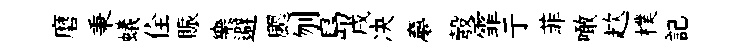
磨秉蟻佺賑樂避颸刎島戌决夣彀霏亍菲噉趑樸記